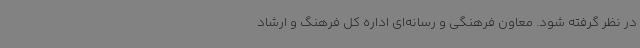
در نظر گرفته شود. معاون فرهنگی و رسانه‌ای اداره کل فرهنگ و ارشاد